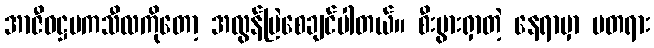
အာဇီဝဋ္ဌမကသီလကိုတော့ အလွန်မြဲစေချင်ပါတယ်။ စီးပွားရှာတဲ့ နေရာမှာ မတရား